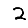
Digit: 2